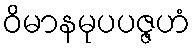
ဝိမာနမုပပဇ္ဇဟံ